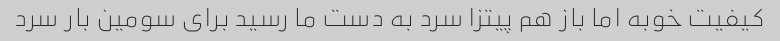
کیفیت خوبه اما باز هم پیتزا سرد به دست ما رسید برای سومین بار سرد